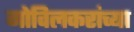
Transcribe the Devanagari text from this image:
गोविलकरांच्या